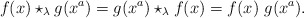
\begin{align*}f(x) \star_{\lambda} g(x^a) = g(x^a) \star_{\lambda} f(x) = f(x) \ g(x^a).\end{align*}